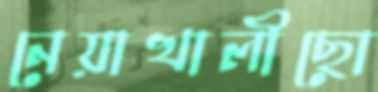
নেয়াখালীছো